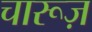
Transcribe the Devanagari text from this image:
चारूज़